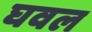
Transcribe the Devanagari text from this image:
घवल